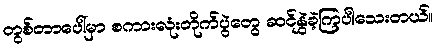
တွစ်တာပေါ်မှာ စကားလုံးတိုက်ပွဲတွေ ဆင်နွှဲခဲ့ကြပါသေးတယ်။